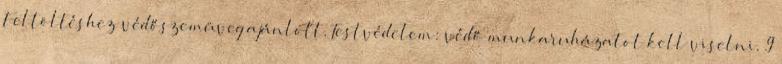
Feltöltéshez védőszemüveg ajánlott. Testvédelem: védő munkaruházatot kell viselni. 9